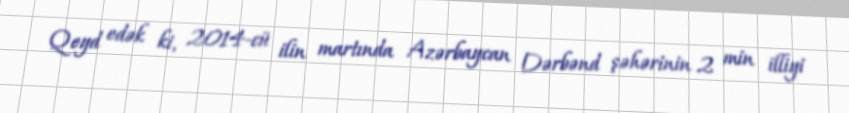
Qeyd edək ki, 2014-cü ilin martında Azərbaycan Dərbənd şəhərinin 2 min illiyi